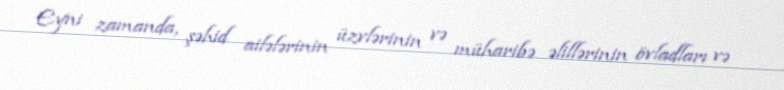
Eyni zamanda, şəhid ailələrinin üzvlərinin və müharibə əlillərinin övladları və